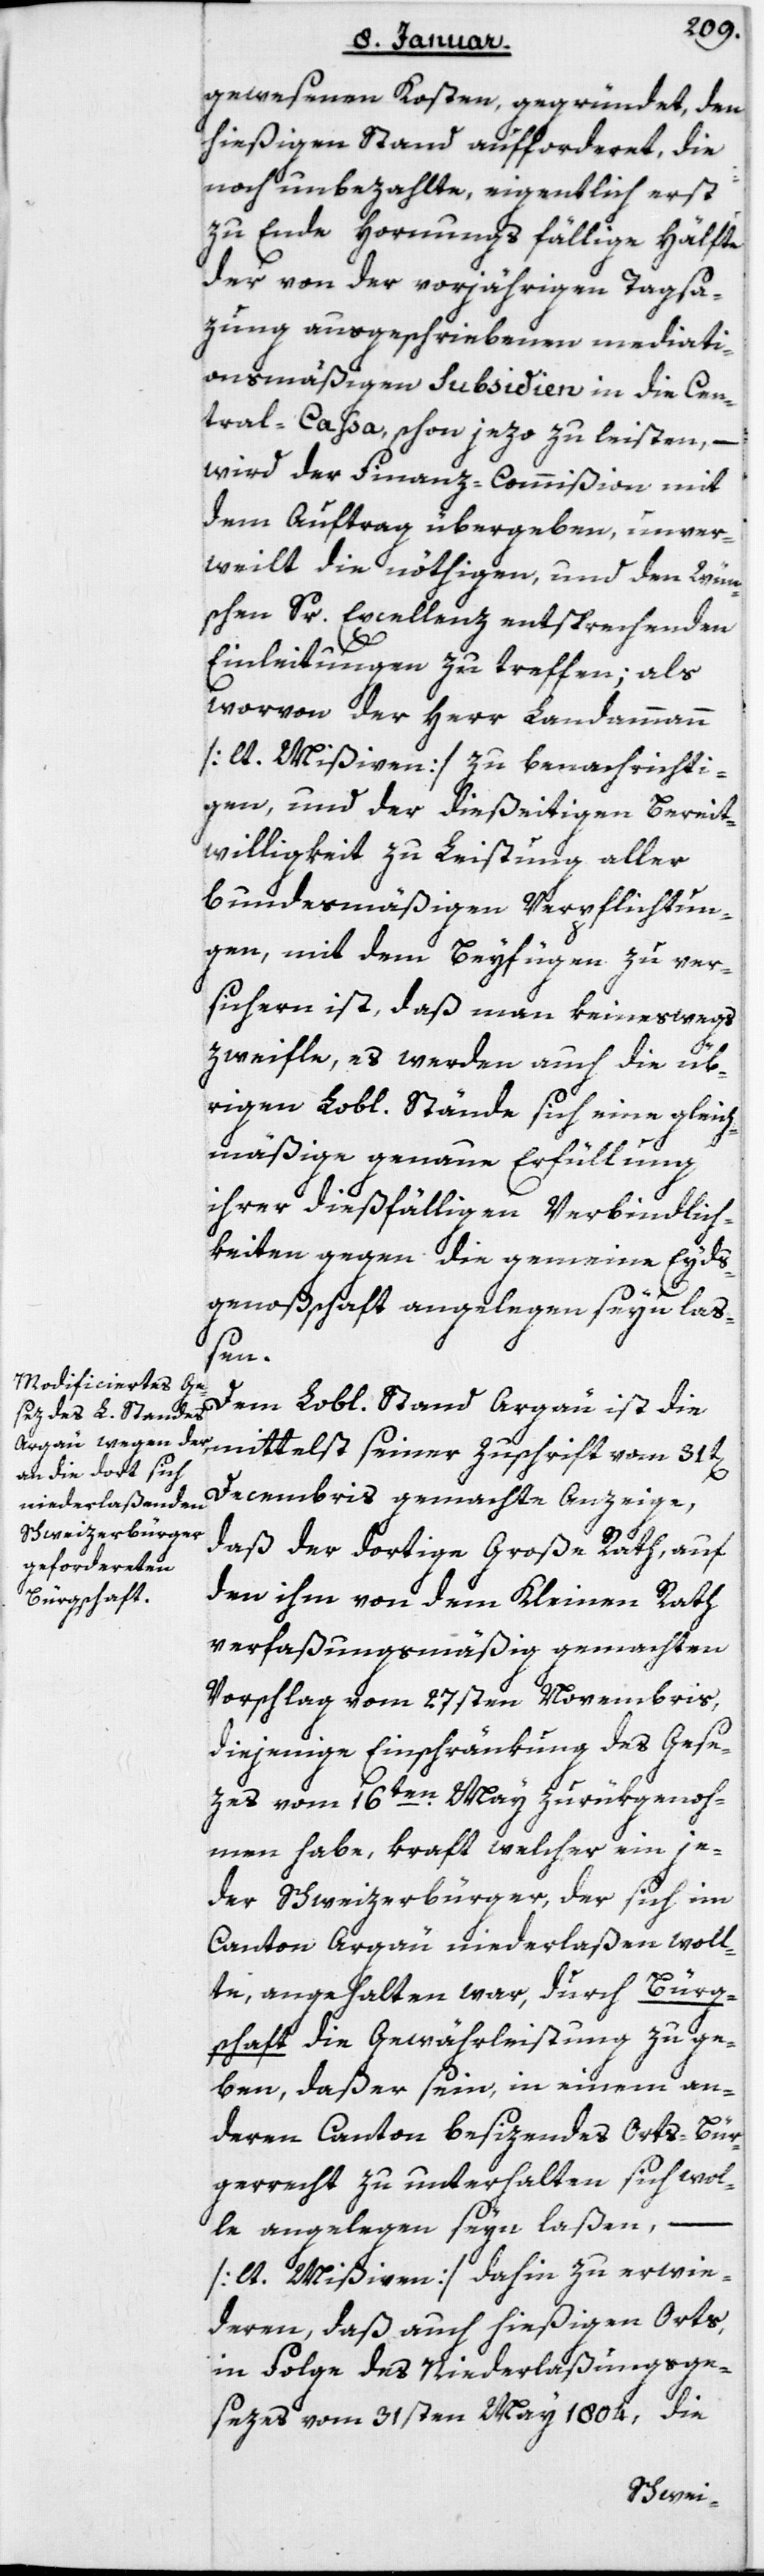
gewesenen Kosten, gegründet, den
hießigen Stand aufforderet, die
noch unbezahlte, eigentlich erst
zu Ende Hornungs fällige Hälfte
der von der vorjährigen Tagsa¬
zung ausgeschriebenen mediati¬
onsmäßigen Subsidien in die Cen¬
tral-Caßa, schon jezo zu leisten, –
wird der Finanz-Commißion mit
dem Auftrag übergeben, unver¬
weilt die nöthigen und den Wün¬
schen Sr Excellenz entsprechenden
Einleitungen zu treffen, als
worvon der Herr Landammann
[lt. Mißiven] zu benachrichti¬
gen, und der dießeitigen Bereit¬
willigkeit zu Leistung aller
bundesmäßigen Verpflichtun¬
gen, mit dem Beyfügen zu ver¬
sichern ist, daß man keineswegs
zweyfle, es werden auch die üb¬
rigen Lobl. Stände sich eine gleich¬
mäßige genaue Erfüllung
ihrer dießfälligen Verbindlich¬
keiten gegen die gemeine Eyds¬
genoßenschaft angelegen seyn laß¬
seiner
Dem Lobl. Stand Argau ist die
Decembris gemachte Anzeige,
daß der dortige Große Rath, auf
den ihm von dem Kleinen Rath
verfaßungsmäßig gemachten
Vorschlag vom 27sten Novembris,
diejenige Einschränkung des Gese¬
zes vom 16ten May zurükgenoh¬
men habe, kraft welcher ein je¬
der Schweizerbürger, der sich im
Canton Argau niederlaßen woll¬
te, angehalten war, durch Bürg¬
schaft die Gewährleistung zu ge¬
ben, daß er sein, in einem an¬
deren Canton besizendes Orts-Bür¬
gerrecht zu unterhalten sich wol¬
le angelegen seyn laßen, –
[lt. Mißiven] dahin zu erwi¬
deren, daß auch hießigen Orts,
in Folge des Niederlaßungsge¬
setzes vom 31sten May 1804, die